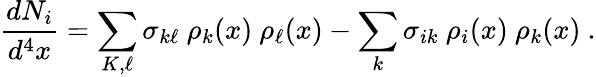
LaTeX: {\frac{dN_{i}}{d^{4}x}}=\sum_{K,\ell}\sigma_{k\ell}\ \rho_{k}(x)\ \rho_{\ell}(x)-\sum_{k}\sigma_{ik}\ \rho_{i}(x)\ \rho_{k}(x)\ .